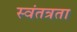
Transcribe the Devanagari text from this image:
स्‍वंतत्रता